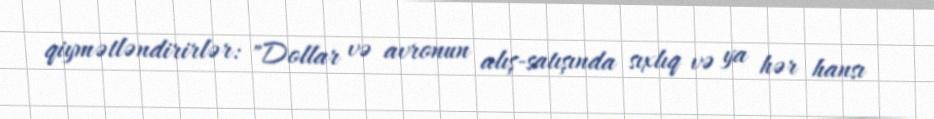
qiymətləndirirlər: "Dollar və avronun alış-satışında sıxlıq və ya hər hansı